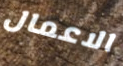
الاعمال